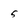
Character: 5